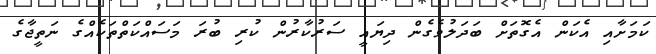
ކަމަށާއި އެކަން އެގޮތަށް ބަދަލުވެގެން ދިޔައީ ސަރުކާރުން ކުރި ބުރަ މަސައްކަތްތަކެއްގެ ނަތީޖާގެ